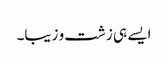
ایسے ہی زشت و زیبا۔